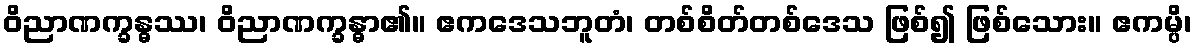
ဝိညာဏက္ခန္ဓဿ၊ ဝိညာဏက္ခန္ဓာ၏။ ဧကဒေသဘူတံ၊ တစ်စိတ်တစ်ဒေသ ဖြစ်၍ ဖြစ်သေား။ ဧကမ္ပိ၊